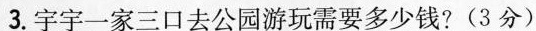
3.宇宇一家三口去公园游玩需要多少钱?(3分)